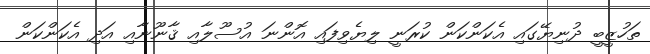
ތަހުޒީބީ ދުނިޔޭގައި އެކަންކަން ކުރަނީ ލިޔެވިފައި އޮންނަ އުސޫލާއި ޤާނޫނާއި އަދި އެކަންކަން